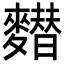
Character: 𪍲